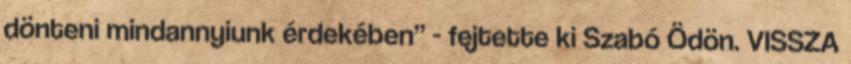
dönteni mindannyiunk érdekében” - fejtette ki Szabó Ödön. VISSZA